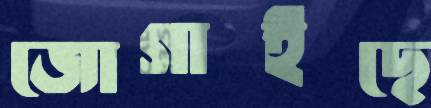
জোগাইছে